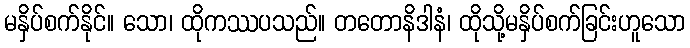
မနှိပ်စက်နိုင်။ သော၊ ထိုကဿပသည်။ တတောနိဒါနံ၊ ထိုသို့မနှိပ်စက်ခြင်းဟူသော